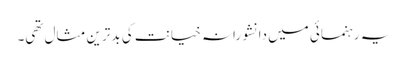
یہ رہنمائی میں دانشورانہ خیانت کی بدترین مثال تھی۔